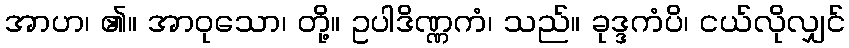
အာဟ၊ ၏။ အာဝုသော၊ တို့။ ဥပါဒိဏ္ဏကံ၊ သည်။ ခုဒ္ဒကံပိ၊ ငယ်လိုလျှင်